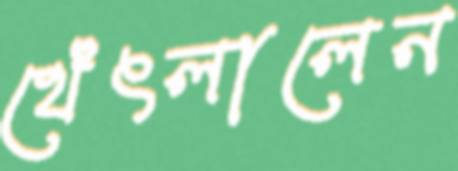
থেঁৎলালেন